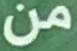
من